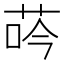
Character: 荶